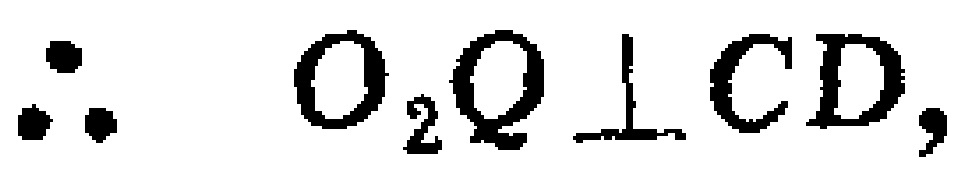
$\therefore O_{2}Q\perp CD,$